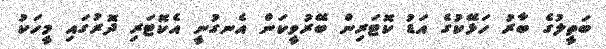
ބަތީލުގެ ބާރު ހަޅޭކުގެ އަޑު ކޮޓަރިން ބޭރުވީކަން އެނގުނީ އެކޮޓަރި ދޮރުގައި މީހަކު